Vital statistics of India. Vol. VI, European troops 1870-79
Year: 1870
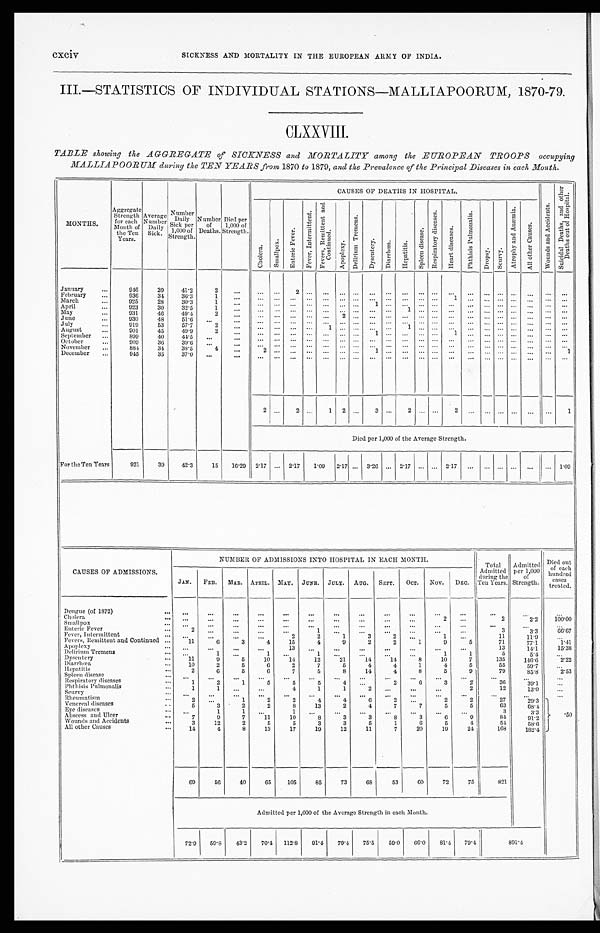
cxciv
SICKNESS AND MORTALITY IN THE EUROPEAN ARMY OF INDIA.
III.—STATISTICS OF INDIVIDUAL STATIONS—MALLIAPOORUM, 1870-79.
CLXXVIII.
TABLE showing the AGGREGATE of SICKNESS and MORTALITY among the EUROPEAN TROOPS occupying
MALLIAPOORUM daring the TEN YEARS from 1870 to 1879, and the Prevalence of the Principal Diseases in each Month.
MONTHS.
Aggregate
Strength
for each
Month of
the Ten
Years.
Average
Number
Daily
Sick.
Number
Daily
Sick per
1,000 of
Strength.
Number
of
Deaths.
Died per
1,000 of
Strength.
CAUSES OF DEATHS IN HOSPITAL.
W o u n d s a n d A c c i d e n t s .
S u i c i d a l D e a t h s , a n d o t h e r
D e a t h s o u t o f H o s p i t a l .
C h o l e r a .
S m a l l p o x .
E n t e r i c F e v e r .
F e v e r , I n t e r m i t t e n t . F e v e r s , R e m i t t e n t a n d
C o n t i n u e d .
A p o p l e x y .
D e l i r i u m T r e m e n s .
D y s e n t e r y .
D i a r r h œ a .
H e p a t i t i s .
S p l e e n d i s e a s e .
R e s p i r a t o r y d i s e a s e s .
H e a r t d i s e a s e s .
P h t h i s i s P u l m o n a l i s .
D r o p s y . S c u r v y .
A t r o p h y a n d A n æ m i a .
A l l o t h e r C a u s e s .
January
946
39
41.2
2 ...
...
. . .
2
. . . . . .
. . . . . . ...
. . . ...
. . . . . . ...
. . .
. . . . . . ... ...
. . . . . .
February
936
34
36.3
1
...
... ...
. . .
. . .
. . . ... ...
. . .
. . . . . . . . . . . .
1
. . . ... . . .
... ...
. . .
. . .
March
925
28
30.3
1
... ...
. . . ...
. . . . . . ... ...
1 ... ... ... ... ...
. . . ... ...
...
. . . ...
. . .
April
923
30
32.5
1
. . . ... ... ... ... ... ... ...
. . . . . . 1 ...
. . . ...
. . . ...
. . . ...
. . . . . .
. . .
May
931
46
49.4
2
... ...
. . . . . .
. . . ...
2 ... ... ... ...
. . . ... ... ... ... ... ...
...
. . .
. . .
June
930
48
51.6
. . .
. . . ...
. . . ...
. . .
. . . . . . . . .
. . . . . .
. . . . . . . . .
...
. . .
. . . . . . ...
. . .
. . .
. . .
July
919
53
57.7
2
. . .
. . . ... ... ...
1 ... ... ... ...
1 ... ... ... ... ... ... ... ... ...
. . .
August
901
45
49.9
2
. . . ... ... ... ...
. . . . . . . . . 1
. . . ...
. . . . . .
1
. . . . . . . . . ...
. . .
. . .
. . .
September
899
40
44.5 ...
. . . ... ... ...
. . . ... ...
. . .
. . . ...
. . . . . . ...
. . . ... ... ... ... ...
. . .
October
909
36
39.6 ...
...
. . . . . .
. . .
. . .
. . .
. . . . . .
. . .
. . .
. . . . . . . . .
...
. . .
. . .
. . . ...
. . .
. . .
. . .
November
884
34
38.5
4
. . .
2 . . .
. . .
. . .
. . .
. . . . . . 1
. . .
. . . . . . . . .
...
. . .
. . . . . . ...
. . .
. . .
1
December
945
35
37.0
. . .
. . .
. . . . . .
. . .
. . .
. . .
. . . . . .
. . .
. . .
. . . . . . . . .
...
. . .
. . . . . . ...
. . .
. . .
. . .
2
. . . 2
. . . 1 2 ...
3
. . . 2
. . . . . . 2
. . .
. . . . . . ... ...
. . .
1
Died per 1,000 of the Average Strength.
For the Ten Years
921
39
42.3
15 16.29 2.17 ... 2.17 1.09 2.17 ... 3.26 ... 2.17 ... ... 2.17 ... ... ... ... ... ... 1.09
CAUSES OF ADMISSIONS.
NUMBER OF ADMISSIONS INTO HOSPITAL IN EACH MONTH.
Total
Admitted
during the
Ten Years.
Admitted per 1,000
of Strength.
Died out
of each
hundred cases treated.
JAN.FEB.MAR.APRIL.MAY.
JUNE.
JULY.AUG.SEPT.OCT.NOV.DEC.
Dengue (of 1872)
. . .
. . .
...
. . .
. . .
. . .
. . .
. . .
. . .
...
...
...
. . .
. . .
. . .
C h o l e r a
. . .
. . .
...
. . .
. . .
. . .
. . .
. . .
. . .
...
2
...
2
2 . 2
1 0 0 . 0 0
S m a l l p o x
. . .
. . .
...
. . .
. . .
. . .
. . .
. . .
. . .
...
...
...
. . .
. . .
. . .
E n t e r i c F e v e r
2
. . .
...
. . .
. . .
1
. . .
. . .
. . .
...
...
...
3
3 . 3
6 6 . 6 7
F e v e r , I n t e r m i t t e n t
. . .
. . .
...
. . .
. . .
2
1
3
2 ...
1
...
1 1
1 1 . 9
. . .
F e v e r s , R e m i t t e n t a n d C o n t i n u e d
1 1
6 3
4
1 5
4
9
2
2 1
9
5
7 1
7 7 . 1
1 . 4 1
A p o p l e x y
. . .
. . .
...
. . .
1 3
. . .
. . .
. . .
. . .
...
...
...
1 3
1 4 . 1
1 5 . 3 8
D e l i r i u m T r e m e n s
. . .
1 ...
1
. . .
1
. . .
. . .
. . .
...
1
1
5
5 . 4
. . .
D y s e n t e r y
1 1
9 5
1 0
1 4
1 2
2 1
1 4
1 4
8
10
7
1 3 5
1 4 6 . 6
2 . 2 2
D i a r r h œ a
1 0
2 5
6
2
7
5
4
4 1
4
5
5 5
5 9 . 7
. . .
H e p a t i t i s
2
6 5
6
7
5
8
1 4
4 8
5
9
7 9
8 5 . 8
2 . 5 3
S p l e e n d i s e a s e
. . .
. . .
...
. . .
. . .
. . .
. . .
. . .
. . .
...
...
...
. . .
. . .
. . .
R e s p i r a t o r y d i s e a s e s
1
2 1
5
5
5
4
. . .
2 6
3
3
3 6
3 9 . 1
. . .
P h t h i s i s P u l m o n a l i s
1
1 ...
. . .
4
1
1
2
. . .
...
...
2
1 2
1 3 . 0
. . .
S c u r v y
. . .
. . .
...
. . .
. . .
. . .
. . .
. . .
. . .
...
...
...
. . .
. . .
. . .
R h e u m a t i s m
2
. . .
1
2
3
4
4
6
2 ...
2
2
2 7
2 0 . 3
. 5 0
V e n e r e a l d i s e a s e s
5
3 2
2
8
1 3
2
4
7 7
5
5
6 3
6 8 . 4
E y e d i s e a s e s
. . .
1 1
. . .
1
. . .
. . .
. . .
. . .
...
...
...
3
3 . 3
A b s c e s s a n d U l c e r
7
9 7
1 1
1 0
8
3
3
8 3
6
9
8 4
9 1 . 2
W o u n d s a n d A c c i d e n t s
3
1 2
2
5
5
3
3
5
1 6
5
4
5 4
5 8 . 6
A l l o t h e r C a u s e s
1 4
4 8
1 3
1 7
1 9
1 2
1 1
7 20 19
24
1 6 8
1 8 2 . 4
6 9
5 6
40
6 5
1 0 5
8 5
7 3
6 8
5 3
60 72
75
8 2 1
Admitted per 1,000 of the Average Strength in each Month.
7 2 . 9
5 9 . 8
43.2
7 0 . 4
1 1 2 . 8
9 1 . 4
79.4
7 5 . 5
5 9 . 0
66.0 81.4 79.4
891.4